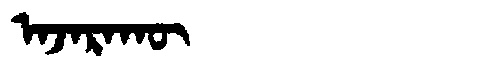
Manchu: ᠠᠵᠠᡵᠠᡴᡡ
Romanization: AJARAKŪ